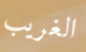
الغريب